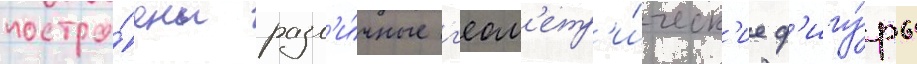
постро́ены разл'и́чные г'еом'етр'и́ческ'ие ф'игу́ры